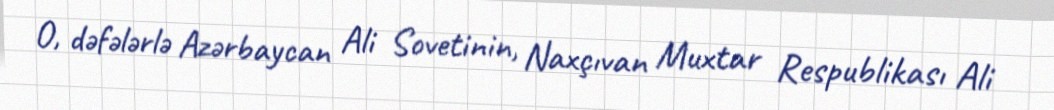
O, dəfələrlə Azərbaycan Ali Sovetinin, Naxçıvan Muxtar Respublikası Ali